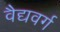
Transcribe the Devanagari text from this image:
वैद्यवर्ग